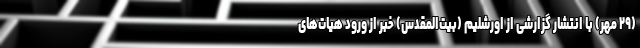
(۲۹ مهر) با انتشار گزارشی از اورشلیم (بیت‌المقدس) خبر از ورود هیات‌های